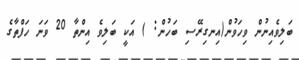
ބަލިވެއިނުން ވިހަވުން(އިނގިރޭސި ބަހުން: ) އަކީ ބަލިވެ އިންތާ 20 ވަނަ ހަފްތާގެ